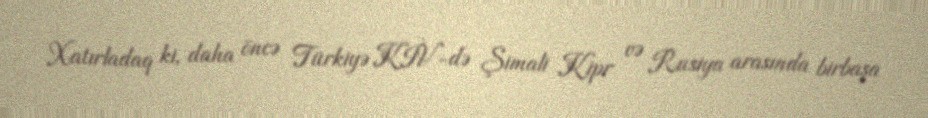
Xatırladaq ki, daha öncə Türkiyə KİV-də Şimali Kipr və Rusiya arasında birbaşa